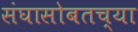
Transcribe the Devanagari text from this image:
संघासोबतच्या